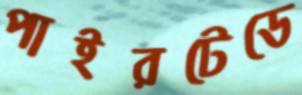
পাইরটেডে